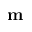
\mathbf { m }